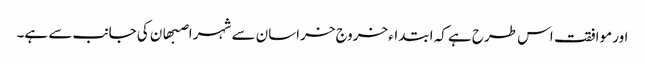
اور موافقت اس طرح ہے کہ ابتداء خروج خراسان سے شہر اصبھان کی جانب سے ہے۔